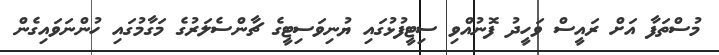
މުސްތަފާ އަށް ރައީސް ވަހީދު ފޮނުއްވި ސިޓީފުޅުގައި ޔުނިވަސިޓީގެ ޗާންސެލަރުގެ މަގާމުގައި ހުންނަވައިގެން